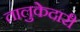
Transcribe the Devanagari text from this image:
तालुकेदारी